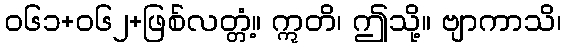
၀၆၁+၀၆၂+ဖြစ်လတ္တံ့။ ဣတိ၊ ဤသို့။ ဗျာကာသိ၊